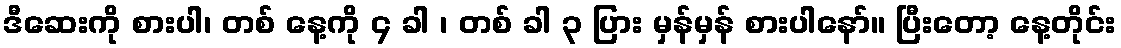
ဒီဆေးကို စားပါ၊ တစ် နေ့ကို ၄ ခါ ၊ တစ် ခါ ၃ ပြား မှန်မှန် စားပါနော်။ ပြီးတော့ နေ့တိုင်း